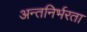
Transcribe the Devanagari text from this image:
अन्तनिर्भरता